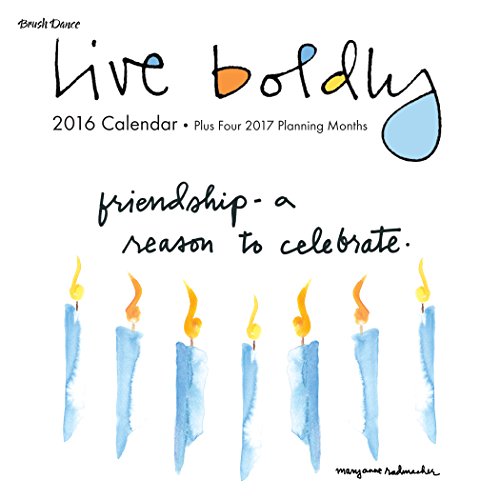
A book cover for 2016 Live Boldly Mini Calendar; Brush Dance and Mary Anne Radmacher; Calendars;